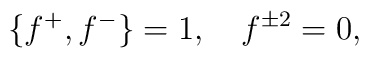
\{f^{+},f^{-}\}=1,\quad f^{\pm 2}=0,